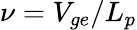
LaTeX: \nu=V_{ge}/L_{p}